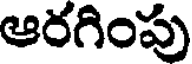
ఆరగింపు